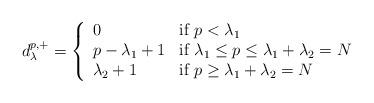
LaTeX: \begin{align*}d^{p,+}_{\lambda}=\left\{ \begin{array}{lll}0 &\mbox{if $p<\lambda_1$} \\p-\lambda_1 +1 & \mbox{if $\lambda_1\leq p \leq \lambda_1+\lambda_2=N$} \\\lambda_2 +1 & \mbox{if $p\geq \lambda_1+\lambda_2 =N$}\end{array}\right.\end{align*}